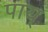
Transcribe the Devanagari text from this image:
पाय्